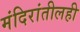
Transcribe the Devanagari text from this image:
मंदिरांतीलही